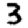
Digit: 3